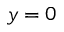
y = 0